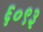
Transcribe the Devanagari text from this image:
६०९३